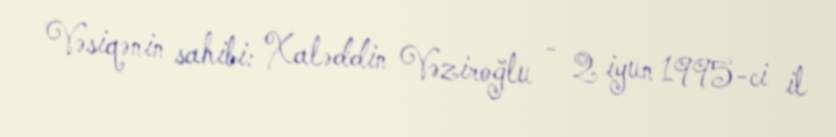
Vəsiqənin sahibi: Xaləddin Vəziroğlu - 2 iyun 1995-ci il